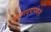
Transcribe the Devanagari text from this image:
कृष्णदयार्णवांनी